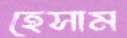
হেসাম